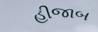
હીજાબ